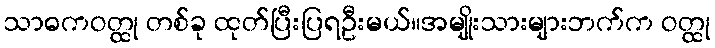
သာဓကဝတ္ထု တစ်ခု ထုတ်ပြီးပြရဦးမယ်။အမျိုးသားများဘက်က ဝတ္ထု